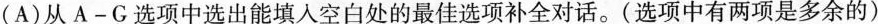
(A)从A-G选项中选出能填入空白处的最佳选项补全对话.(选项中有两项是多余的)